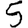
Digit: 5